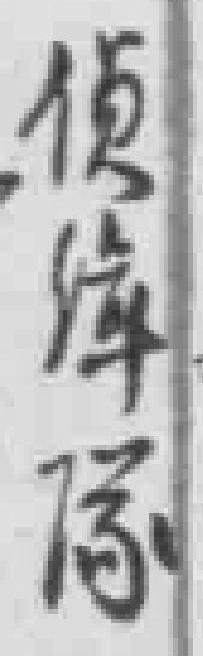
偵缉隊